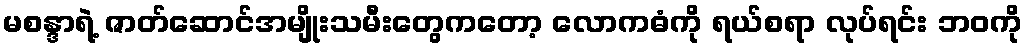
မစန္ဒာရဲ့ ဇာတ်ဆောင်အမျိုးသမီးတွေကတော့ လောကဓံကို ရယ်စရာ လုပ်ရင်း ဘဝကို